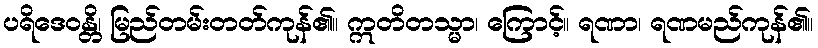
ပရိဒေဝန္တိ၊ မြည်တမ်းတတ်ကုန်၏။ ဣတိတသ္မာ၊ ကြောင့်။ ရဏာ၊ ရဏမည်ကုန်၏။